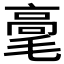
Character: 𰚫